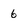
Character: 6